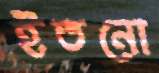
ইতনো